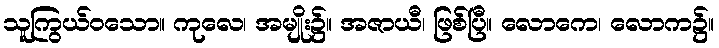
သူကြွယ်ဝသော။ ကုလေ၊ အမျိုး၌။ အဇာယီ၊ ဖြစ်ပြီ။ လောကေ၊ လောက၌။